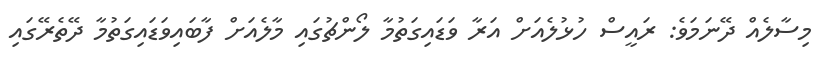
މިސާލެއް ދޭނަމަވެ: ރައީސް ހުޅުލެއަށް އަރާ ވަޑައިގަތުމާ ލޯންޗުގައި މާލެއަށް ފާބައިވަޑައިގަތުމާ ދޭތެރޭގައި